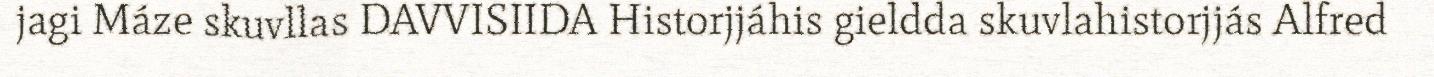
jagi Máze skuvllas DAVVISIIDA Historjjáhis gieldda skuvlahistorjjás Alfred